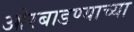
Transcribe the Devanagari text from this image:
ओरबाडण्याच्या